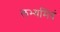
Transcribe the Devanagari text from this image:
लभ्यमिदं